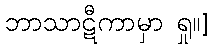
ဘာသာဋီကာမှာ ရှု။]